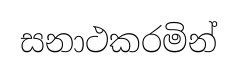
සනාථකරමින්